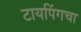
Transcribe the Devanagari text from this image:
टायपिंगचा